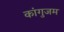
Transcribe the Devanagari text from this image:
कांगुजम